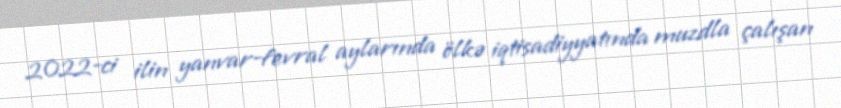
2022-ci ilin yanvar-fevral aylarında ölkə iqtisadiyyatında muzdla çalışan